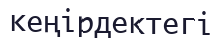
кеңірдектегі